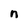
Character: n